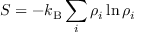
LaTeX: S = - k _ { \mathrm { B } } \sum _ { i } \rho _ { i } \ln \rho _ { i }